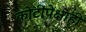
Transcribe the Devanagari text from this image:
कोटींपेक्षाही